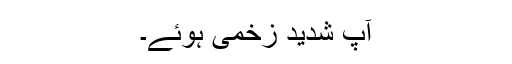
آپ شدید زخمی ہوئے۔